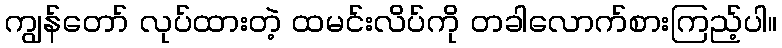
ကျွန်တော် လုပ်ထားတဲ့ ထမင်းလိပ်ကို တခါလောက်စားကြည့်ပါ။